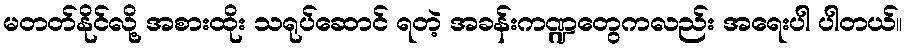
မတတ်နိုင်လို့ အစားထိုး သရုပ်ဆောင် ရတဲ့ အခန်းကဏ္ဍတွေကလည်း အရေးပါ ပါတယ်။